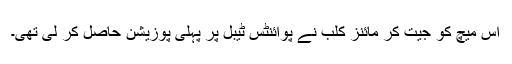
اس میچ کو جیت کر مائنز کلب نے پوائنٹس ٹیبل پر پہلی پوزیشن حاصل کر لی تھی۔